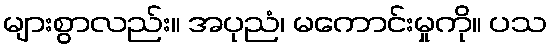
များစွာလည်း။ အပုညံ၊ မကောင်းမှုကို။ ပသ